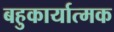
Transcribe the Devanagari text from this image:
बहुकार्यात्‍मक